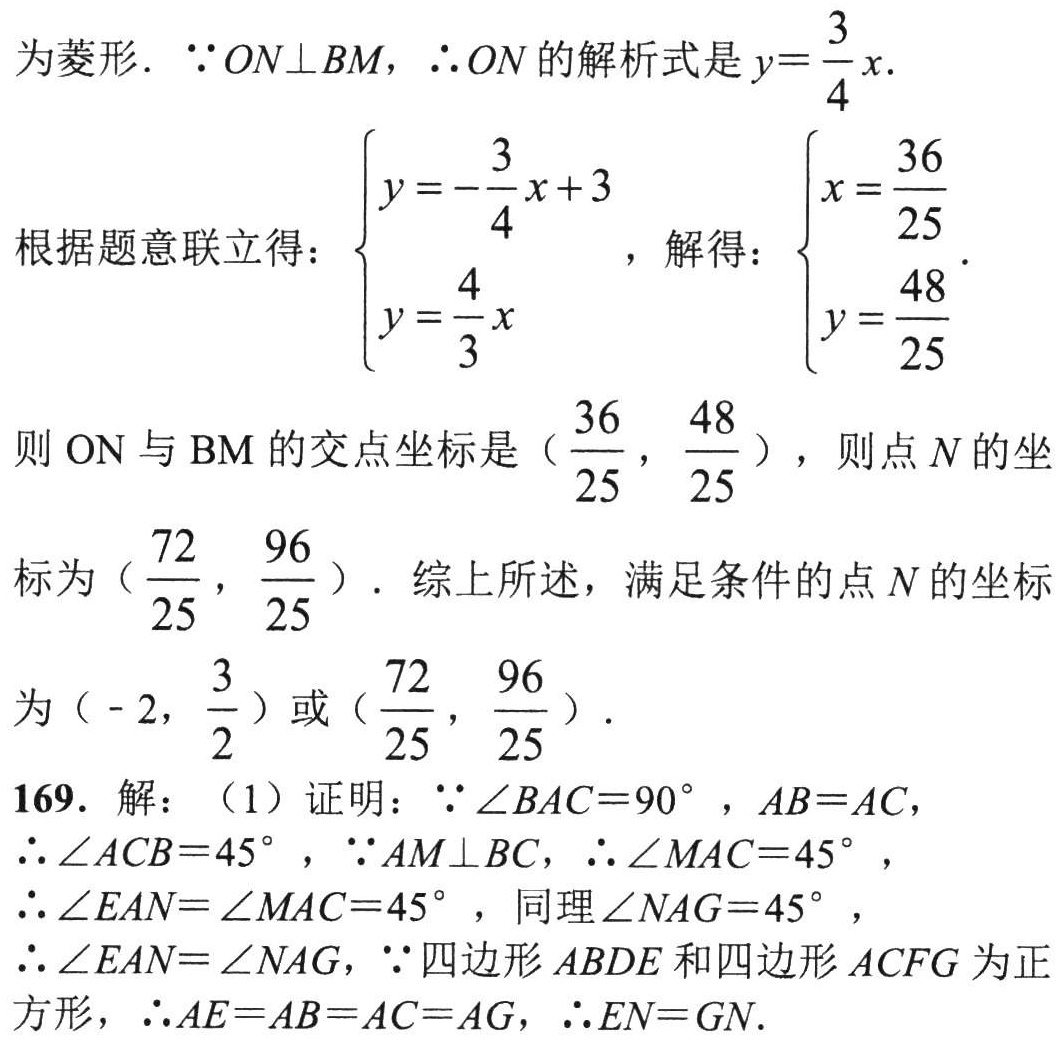
为菱形. $\because ON\perp BM$，$\therefore ON$的解析式是$y = \frac{3}{4}x$.
根据题意联立得：$\begin{cases}y = -\frac{3}{4}x + 3\\y=\frac{4}{3}x\end{cases}$，解得：$\begin{cases}x=\frac{36}{25}\\y = \frac{48}{25}\end{cases}$.
则$ON$与$BM$的交点坐标是（$\frac{36}{25}$，$\frac{48}{25}$），则点$N$的坐
标为（$\frac{72}{25}$，$\frac{96}{25}$）. 综上所述，满足条件的点$N$的坐标
为（-$2$，$\frac{3}{2}$）或（$\frac{72}{25}$，$\frac{96}{25}$）.
169. 解：（1）证明：$\because\angle BAC = 90^{\circ}$，$AB = AC$，
$\therefore\angle ACB = 45^{\circ}$，$\because AM\perp BC$，$\therefore\angle MAC = 45^{\circ}$，
$\therefore\angle EAN=\angle MAC = 45^{\circ}$，同理$\angle NAG = 45^{\circ}$，
$\therefore\angle EAN=\angle NAG$，$\because$四边形$ABDE$和四边形$ACFG$为正
方形，$\therefore AE = AB = AC = AG$，$\therefore EN = GN$.